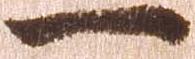
一